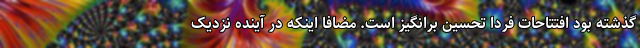
گذشته بود افتتاحات فردا تحسین برانگیز است. مضافا اینکه در آینده نزدیک